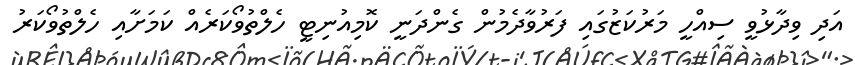
އަދި ވިދާޅުވީ ސިއްހީ މަރުކަޒުގައި ފަރުވާދެމުން ގެންދަނީ ކޮމިއުނިޓީ ހެލްތުވޯކަރެއް ކަމަށާއި ހެލްތުވޯކަރު